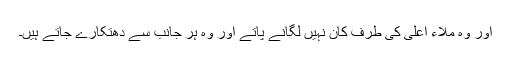
اور وہ ملاء اعلیٰ کی طرف کان نہیں لگانے پاتے اور وہ ہر جانب سے دھتکارے جاتے ہیں۔